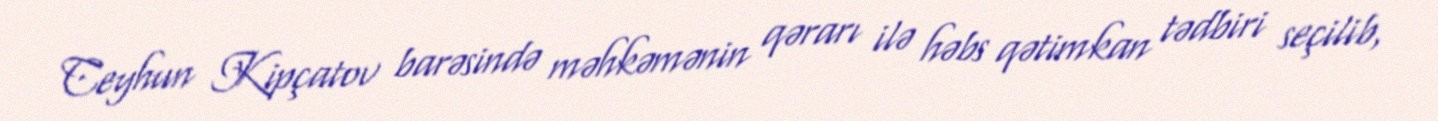
Ceyhun Kipçatov barəsində məhkəmənin qərarı ilə həbs qətimkan tədbiri seçilib,